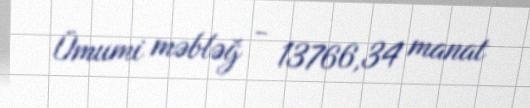
Ümumi məbləğ - 13766,34 manat